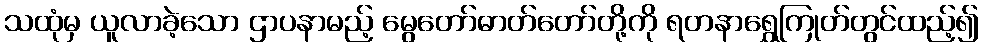
သထုံမှ ယူလာခဲ့သော ဌာပနာမည့် မွေတော်ဓာတ်တော်တို့ကို ရတနာရွှေကြုတ်တွင်ထည့်၍